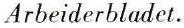
Arbeiderbladet.